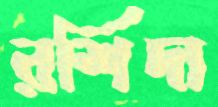
রশিদা